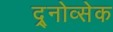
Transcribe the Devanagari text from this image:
द्र्नोव्सेक